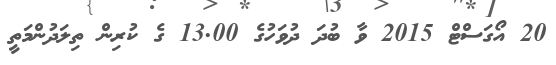
20 އޯގަސްޓް 2015 ވާ ބުދަ ދުވަހުގެ 13.00 ގެ ކުރިން ތިލަދުންމަތީ